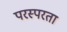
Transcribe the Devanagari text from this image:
परस्परता